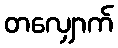
တလျှောက်